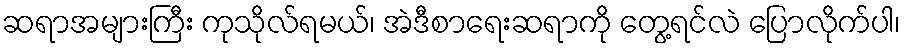
ဆရာအများကြီး ကုသိုလ်ရမယ်၊ အဲဒီစာရေးဆရာကို တွေ့ရင်လဲ ပြောလိုက်ပါ၊